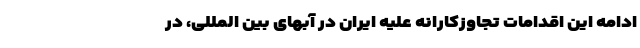
ادامه این اقدامات تجاوزکارانه علیه ایران در آبهای بین المللی، در